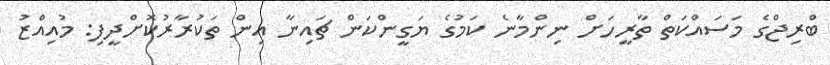
ބްރިޖްގެ މަސައްކަތް ތާރީހަށް ނިންމާނެ ކަމުގެ ޔަގީންކަން ޗައިނާ އިން ތަކުރާރުކޮށްދީފި: މުއިއްޒު